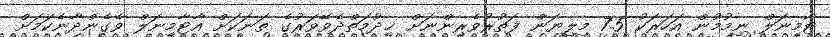
ޓާމިނަލް ނިމުމުން އަހަރަކު 7.5 މިލިޔަން ފަތުރުވެރިންނަށް ޚިދުމަތްދެވޭވަރުގެ ތަނަކަށް އާޓާމިނަލް ވެގެންދާނެކަމަށް